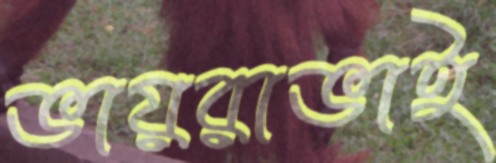
ভায়রাভাই